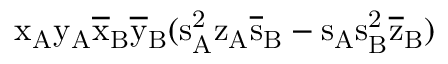
\mathrm { x _ { A } \mathrm { y _ { A } \mathrm { \overline { { x } } _ { B } \mathrm { \overline { { y } } _ { B } ( \mathrm { s _ { A } ^ { 2 } \mathrm { z _ { A } \mathrm { \overline { { s } } _ { B } - \mathrm { s _ { A } \mathrm { s _ { B } ^ { 2 } \mathrm { \overline { { z } } _ { B } ) } } } } } } } } } }